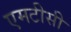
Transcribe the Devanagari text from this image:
एमटीसी